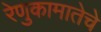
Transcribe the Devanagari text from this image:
रेणुकामातेचे